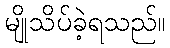
မျိုသိပ်ခဲ့ရသည်။